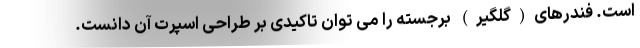
است. فندرهای(گلگیر) برجسته را می توان تاکیدی بر طراحی اسپرت آن دانست.